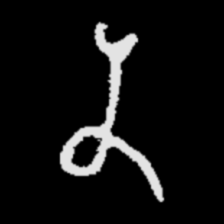
Pyu character \u2014 Myanmar letter: န (romanized: na)